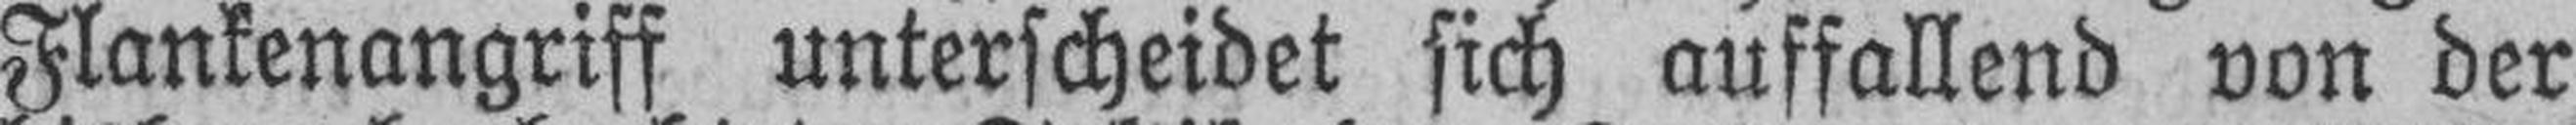
Flankenangriff unterscheidet sich auffallend von der